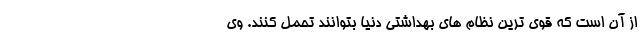
از آن است که قوی ترین نظام های بهداشتی دنیا بتوانند تحمل کنند. وی